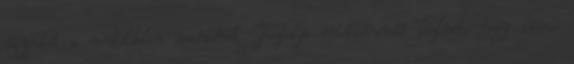
ügyfelek a weboldalon maradnak. Tesztelje értékteremtő közlését, hogy lássa,